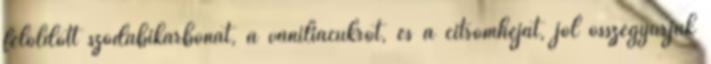
feloldott szódabikarbónát, a vaníliacukrot, és a citromhéjat, jól összegyúrjuk